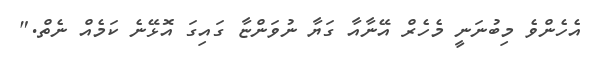
އެހެންވެ މިބުނަނީ މެހެރް އޭނާއާ ގަޔާ ނުވަންޏާ ގައިގަ އޮޅޭނެ ކަމެއް ނެތް."